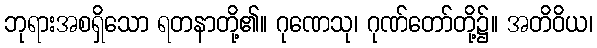
ဘုရားအစရှိသော ရတနာတို့၏။ ဂုဏေသု၊ ဂုဏ်တော်တို့၌။ အတိဝိယ၊